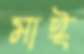
মাঈ